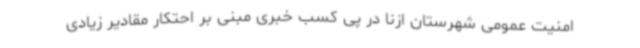
امنیت عمومی شهرستان ازنا در پی کسب خبری مبنی بر احتکار مقادیر زیادی